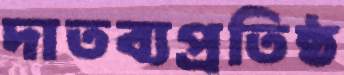
দাতব্যপ্রতিষ্ঠ